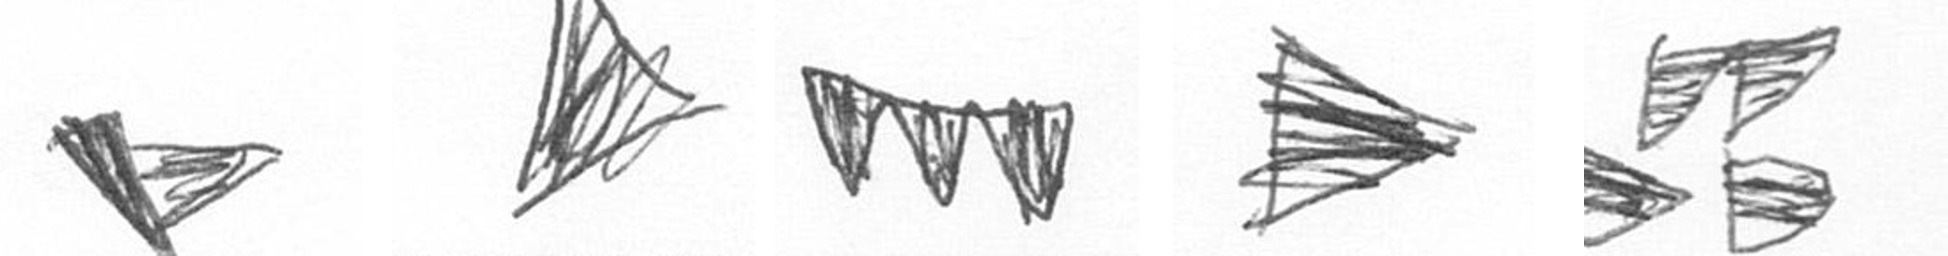
F O L T B